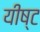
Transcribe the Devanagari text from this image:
यीष्ट